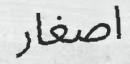
اصغار